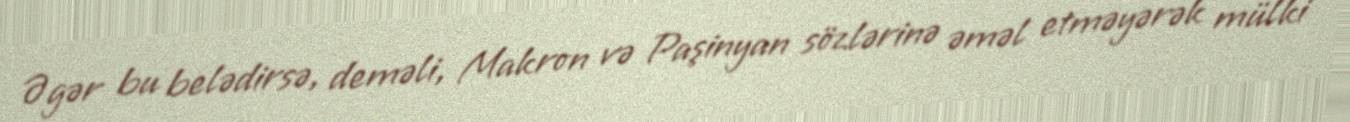
Əgər bu belədirsə, deməli, Makron və Paşinyan sözlərinə əməl etməyərək mülki